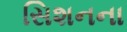
સિશનના